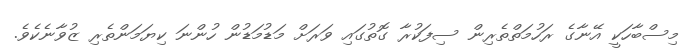
މިސްބާހަކީ އޭނާގެ ރަހުމަތްތެރިން ސިފަކުރާ ގޮތުގައި ވަރަށް މަޑުމަޑުން ހުންނަ ކިޔަމަންތެރި ޒުވާނެކެވެ.